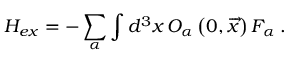
{ \cal H } _ { e x } = - \sum _ { \alpha } \int d ^ { 3 } x \, { \cal O } _ { \alpha } \left( 0 , \overrightarrow { x } \right) { \cal F } _ { \alpha } \: .